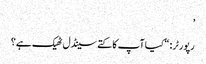
’
رپورٹر: “کیا آپ کا کتے سینڈل ٹھیک ہے؟